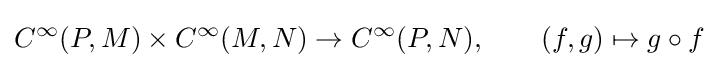
C^{\infty }(P,M)\times C^{\infty }(M,N)\to C^{\infty }(P,N),\qquad (f,g)\mapsto g\circ f